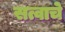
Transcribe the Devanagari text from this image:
सत्वाचे